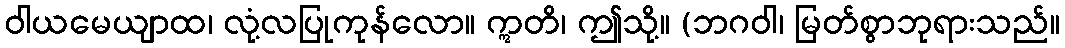
ဝါယမေယျာထ၊ လုံ့လပြုကုန်လော။ ဣတိ၊ ဤသို့။ (ဘဂဝါ၊ မြတ်စွာဘုရားသည်။